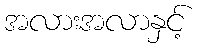
အလားအလာနှင့်